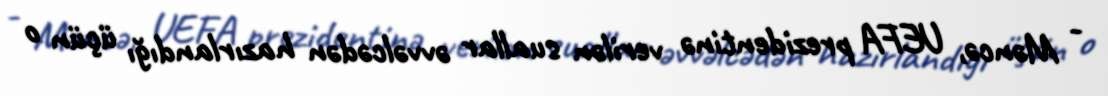
- Məncə, UEFA prezidentinə verilən suallar əvvəlcədən hazırlandığı üçün o